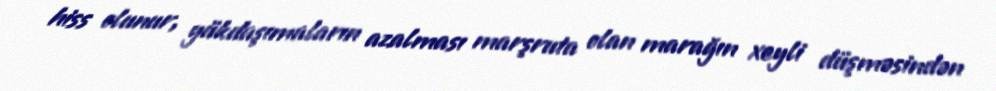
hiss olunur, yükdaşımaların azalması marşruta olan marağın xeyli düşməsindən